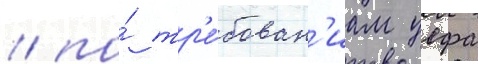
/ по́ тр'е́бован'иам уефа